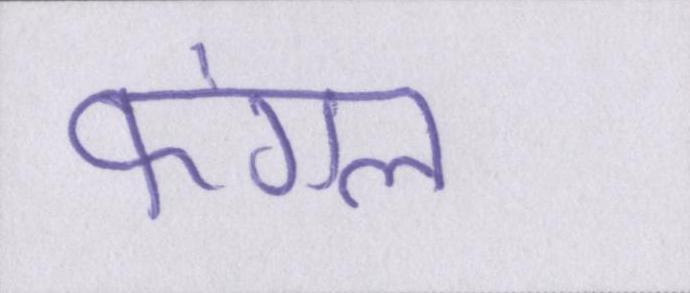
फंगल